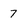
Character: 7